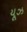
યૂઝ